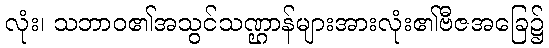
လုံး၊ သဘာဝ၏အသွင်သဏ္ဌာန်များအားလုံး၏ဗီဇအခြေ၌